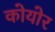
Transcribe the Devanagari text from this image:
कोयोर